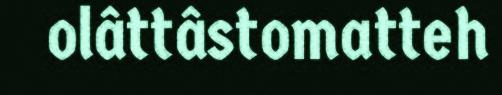
olâttâstomatteh